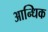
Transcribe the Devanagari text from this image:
आन्धिक